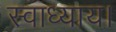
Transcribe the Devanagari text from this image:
स्वाध्याय।